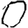
Digit: 0